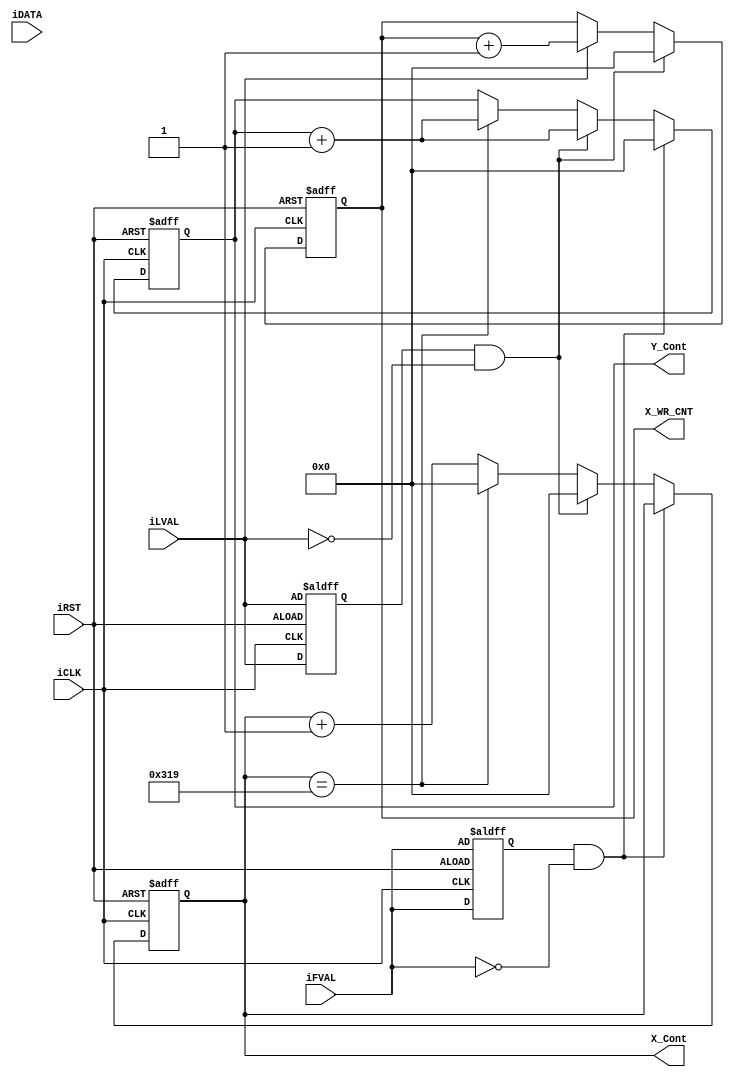

module D8M_WRITE_COUNTER (	
  input	[11:0]	iDATA,
  input			   iFVAL,
  input			   iLVAL,
  input			    iCLK,
  input			    iRST,
  output	reg [15:0]	X_Cont,
  output	reg [15:0]	X_WR_CNT,
  output	reg [15:0]	Y_Cont

);
	
parameter D8M_LINE_CNT  =  793  ; //from signaltape 
	
reg				Pre_FVAL;
reg				Pre_LVAL;


always@(posedge iCLK or negedge iRST)
begin
	if(!iRST)
	begin
		Pre_FVAL	<=iFVAL;
		Pre_LVAL	<=iLVAL;
		X_Cont	<=	0;
		Y_Cont	<=	0;
		X_WR_CNT <= 0; 
end
	else
	begin
		Pre_FVAL	<=	iFVAL;
		Pre_LVAL	<=	iLVAL;
		if  ( Pre_LVAL & !iLVAL)
		   X_WR_CNT <=   0; 
		else 	if ( iLVAL ) X_WR_CNT <=  X_WR_CNT +1; 
		
      		
		if   ( Pre_FVAL & !iFVAL) Y_Cont	<=	0 ;
		else if   ( Pre_LVAL & !iLVAL) begin 
		  Y_Cont	  <=	 Y_Cont +1; 
		  X_Cont	  <=	 0; 
		  
		end
		else  if ( X_Cont	== D8M_LINE_CNT ) begin  
			Y_Cont	<=	 Y_Cont +1; 
		   X_Cont	<=	 0; 			
		end 
	   else 	X_Cont	<=	 X_Cont +1; 		
	end
end


endmodule